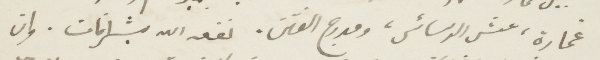
غماره، عش الدسائس، ومدرج الفتن. نفعه الله بشرافات. وان